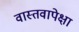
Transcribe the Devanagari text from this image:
वास्तवापेक्षा